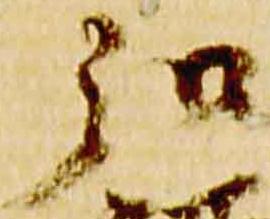
弘